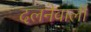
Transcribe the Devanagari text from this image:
दलनेवाली